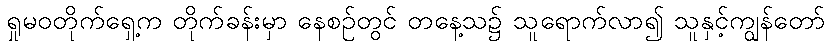
ရှုမဝတိုက်ရှေ့က တိုက်ခန်းမှာ နေစဉ်တွင် တနေ့သ၌ သူရောက်လာ၍ သူနှင့်ကျွန်တော်